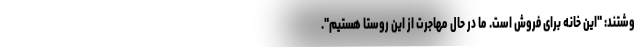
وشتند: "این خانه برای فروش است. ما در حال مهاجرت از این روستا هستیم".